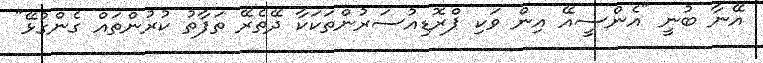
އޭނާ ބުނީ "އެންސީއޭ އިން ވަކި ޕްރޮޑިއުސަރުންތަކަކާ ދޭތެރޭ ތަފާތު ކުރުންތައް ގެންގުޅޭ"